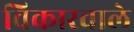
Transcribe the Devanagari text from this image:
विकारवाले